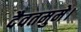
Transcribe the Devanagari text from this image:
दैवतमुमे।